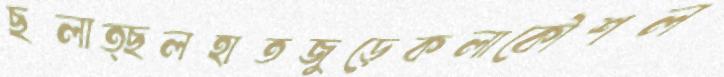
ছলাত্ছলহাতজুড়েকলাকৌশল